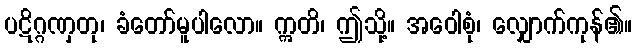
ပဋိဂ္ဂဏှတု၊ ခံတော်မူပါလော။ ဣတိ၊ ဤသို့။ အဝေါစုံ၊ လျှောက်ကုန်၏။